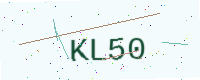
Text: KL50